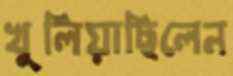
খুলিয়াছিলেন